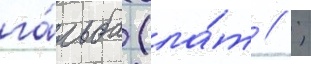
га́льба (ла́т // ;